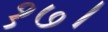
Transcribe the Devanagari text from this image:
१७।